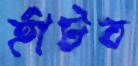
হাঁটব